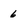
Character: 6